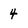
Character: 4